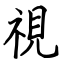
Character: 視